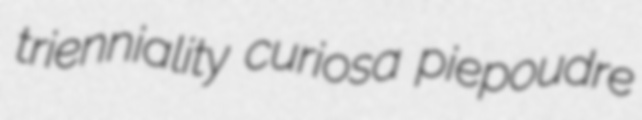
trienniality curiosa piepoudre